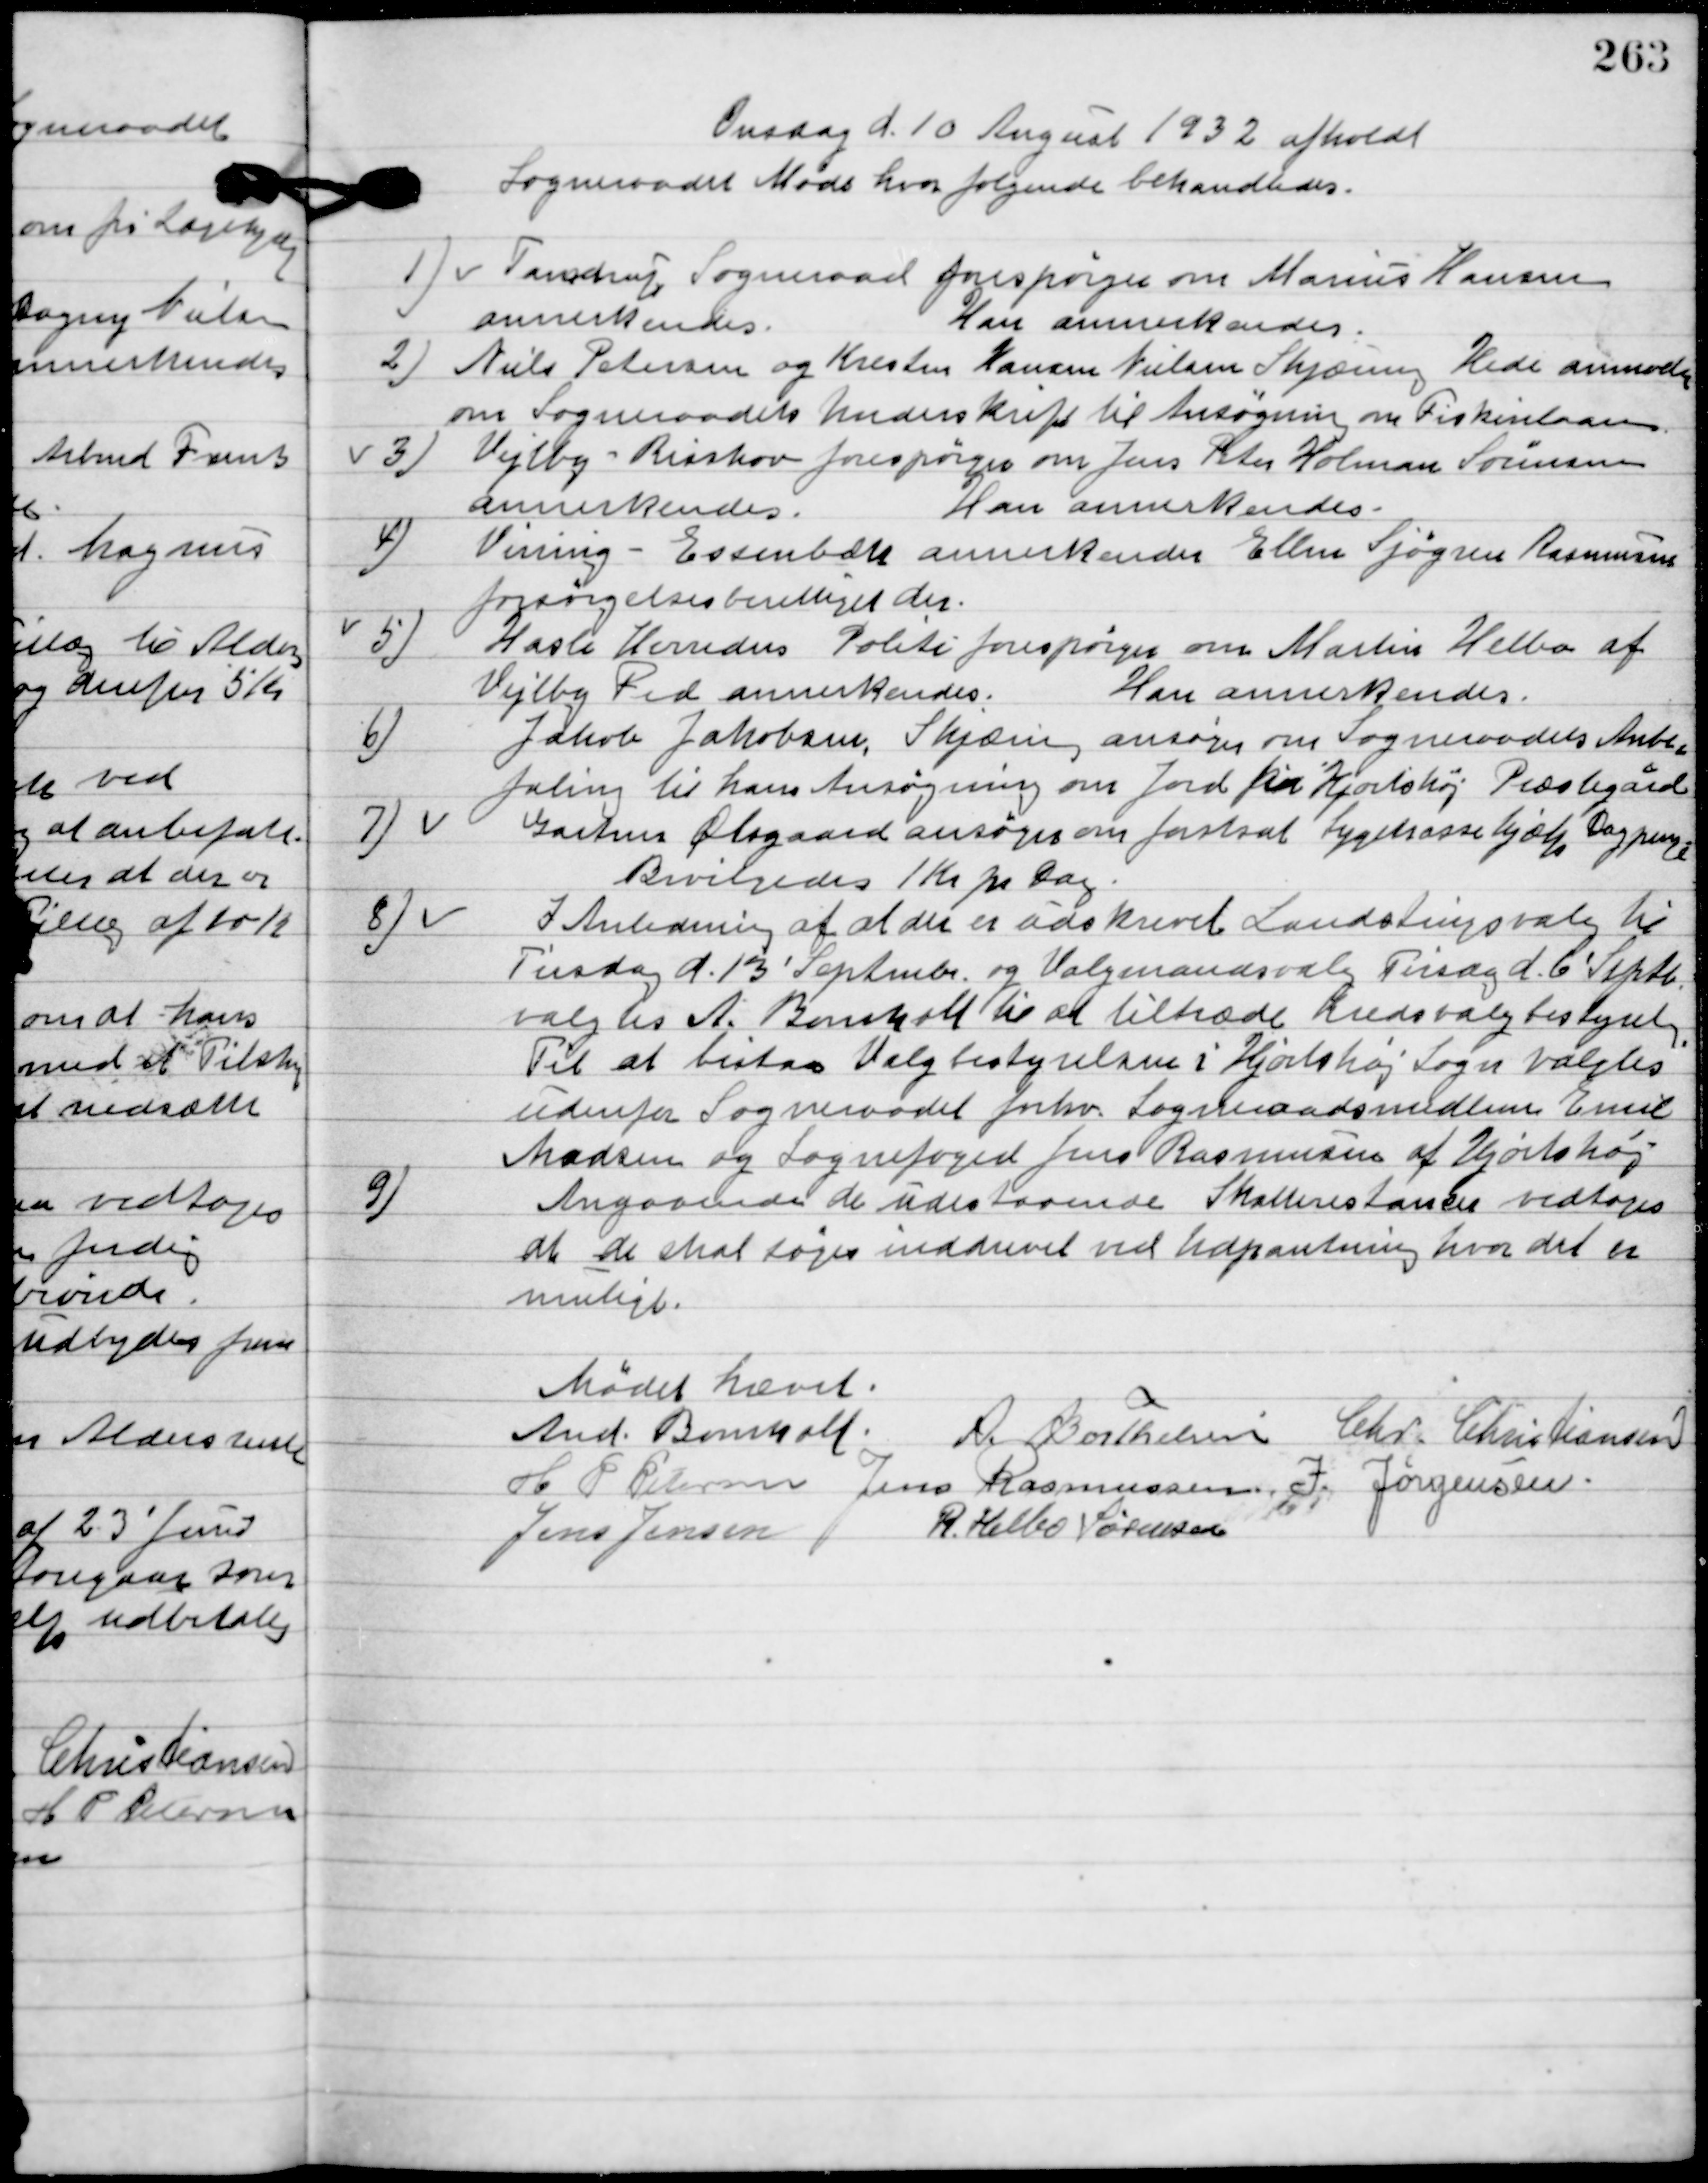
Transskription:
Onsdag d. 10. August 1932 afholdt
Sogneraadet Møde hvor følgende Sager behandledes.

1

Tamdrup Sogneraad forespørger om Marius Hansen
annerkendes.
Han annerkendes.

2

Niels Petersen og Kresten Hansen Nielsen Skjæring Hede anmoder 
om Sogneraadets Underskrift til Ansøgning om Fiskerilaan.

3

Vejlby-Risskov forespørger om Jens Peter Holman Sørensen
 annerkendes.
Han annerkendes.

4.

Vissing-Essenbæk annerkender Ellen Sjøgren Rasmussen
forsørgelsesberettiget der.

5

Hasle Herreds Politi forespørger om Martin Helbo af
Vejlby Fed annerkendes.
Han annerkendes.

6.

Jakob Jakobsen, Skjæring ansøger om Sogneraadets Anbe-
faling til hans Ansøgning om Jord fra Hjortshøj Præstegård.

7

Gartner Ølsgaard ansøger om fortsat Sygekassehjælp Dagpenge.
Bevilgedes 1 Kr. pr. Dag.

8.

I Anledning af at der er udskrevet Landstingsvalg til
Tirsdag d. 13´ September og Valgmandsvalg Tirsdag d. 6´ September,
 valgtes A. Bomholt til at tiltræde Kredsvalgbestyrelsen.
Til at bistaa Valgbestyrelsen i Hjortshøj Sogn valgtes
udenfor Sogneraadet forhv. Sogneraadsmedlem Emil
Madsen og Sognefoged Jens Rasmussen af Hjortshøj.

9

Angaaende de udestaaende Skatterestance vedtoges
at de skal søge inddrevet ved Udpantning hvor det er
muligt.

Mødet hævet.

A. Bomholt
 A. Berthelsen
Chr. Christiansen
H. P. Pedersen
Jens Rasmussen
J. Jørgensen
Jens Jensen
R. Helbo Sørensen